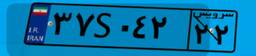
۶۷S۹۸۱۰۱